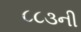
૮૮૩ની